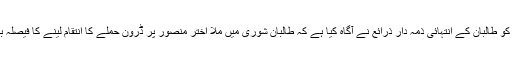
وجود ڈاٹ کا م کو طالبان کے انتہائی ذمہ دار ذرائع نے آگاہ کیا ہے کہ طالبان شوریٰ میں ملا اختر منصور پر ڈرون حملے کا انتقام لینے کا فیصلہ بھی کیا گیا ہے۔